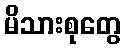
မိသားစုတွေ